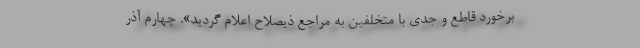
برخورد قاطع و جدی با متخلفین به مراجع ذیصلاح اعلام گردید». چهارم آذر